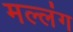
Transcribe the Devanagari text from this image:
मल्लंग